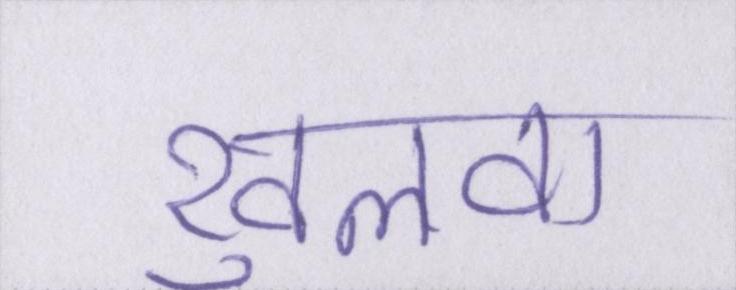
खुलवा